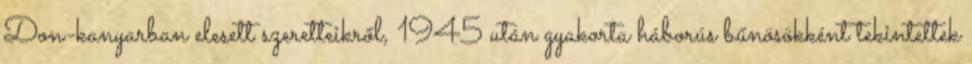
Don-kanyarban elesett szeretteikről, 1945 után gyakorta háborús bűnösökként tekintettek